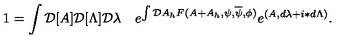
1 = \int { \cal D } [ A ] { \cal D } [ \Lambda ] { \cal D } \lambda \quad e ^ { \int { \cal D } A _ { h } F ( A + A _ { h } , \psi , \overline { \psi } , \phi ) } e ^ { ( A , d \lambda + i \ast d \Lambda ) } .